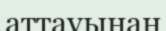
аттауынан